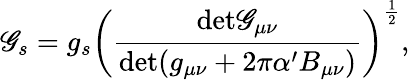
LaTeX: \mathscr{G}_{s}=g_{s}\biggl(\frac{{\mathrm{{det}}\mathscr{G}_{\mu\nu}}}{{\mathrm{{det}}(g_{\mu\nu}+2\pi\alpha^{\prime}B_{\mu\nu})}}\biggr)^{\frac{{1}}{{2}}},